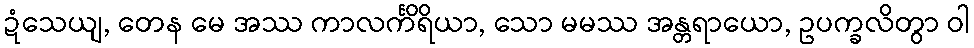
ဍံသေယျ, တေန မေ အဿ ကာလင်္ကိရိယာ, သော မမဿ အန္တရာယော, ဥပက္ခလိတွာ ဝါ